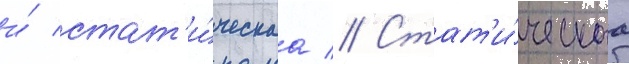
и́ стат'и́ческаа // Стат'и́ческаа